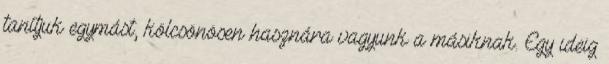
tanítjuk egymást, kölcsönösen hasznára vagyunk a másiknak. Egy ideig